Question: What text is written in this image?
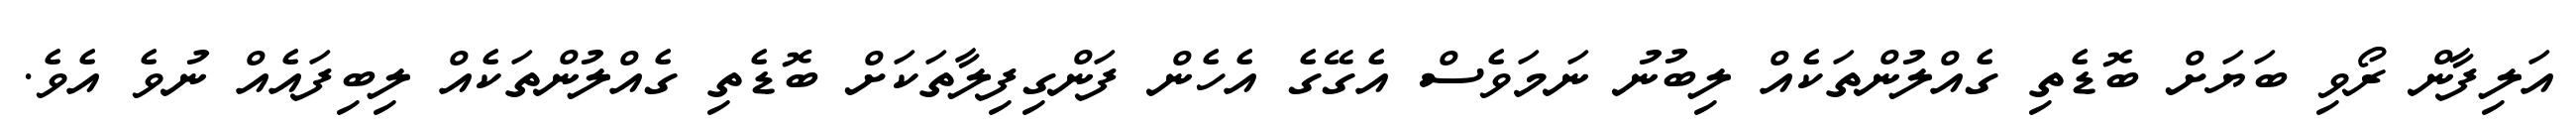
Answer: އަލިފާން ރޯވި ބަޔަށް ބޮޑެތި ގެއްލުންތަކެއް ލިބުނު ނަމަވެސް އެގޭގެ އެހެން ފަންގިފިލާތަކަށް ބޮޑެތި ގެއްލުންތަކެއް ލިބިފައެއް ނުވެ އެވެ.